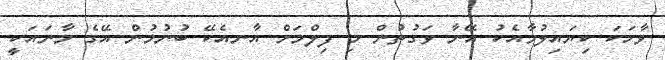
ވާހަކަ ކިޔައިލުމާއެކު އޭނާ ވަގުތުން މި ފިލްމަށް އާނއެކޭ ބުނުމުން އޭގެ މާނައަކީ